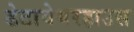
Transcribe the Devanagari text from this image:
डेटावेयरहाउस